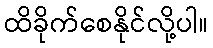
ထိခိုက်စေနိုင်လို့ပါ။